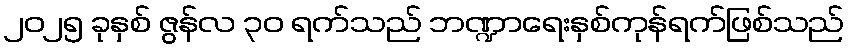
၂၀၂၅ ခုနှစ် ဇွန်လ ၃၀ ရက်သည် ဘဏ္ဍာရေးနှစ်ကုန်ရက်ဖြစ်သည်